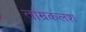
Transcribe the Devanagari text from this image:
ताम्रकलश